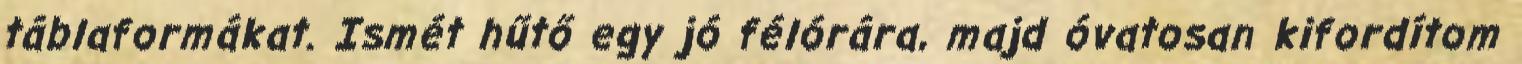
táblaformákat. Ismét hűtő egy jó félórára, majd óvatosan kifordítom